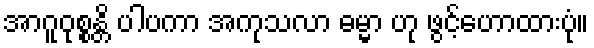
အာဂူဝုစ္စန္တိ ပါပကာ အကုသလာ ဓမ္မာ ဟု ဖွင့်ဟောထားပုံ။